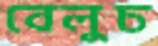
বেলুচ